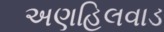
અણહિલવાડ